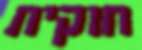
חוקית